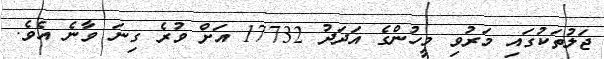
ޖަލުތަކުގައި މަރުވި މީހުންގެ އަދަދު 17732 އަށް ވުރެ ގިނަ ވާނެ އެވެ.